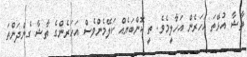
ތާޝާ އުޅޭތަ އަހަރެން އަހާލީމެވެ. ތީ ކޮންބަޔެއް ކަލޭމެންވެސް އަހަރެންގެ ތާޝާ ގެންދަންތަ